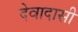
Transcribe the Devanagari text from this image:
देवादासी